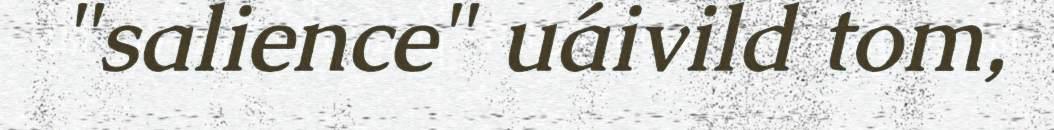
"salience" uáivild tom,